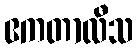
ဧကတာလီသ